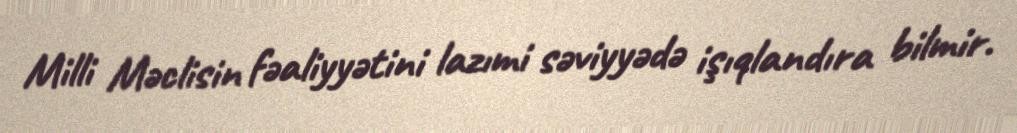
Milli Məclisin fəaliyyətini lazımi səviyyədə işıqlandıra bilmir.